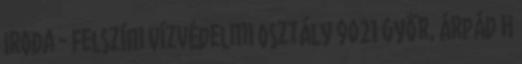
Iroda - Felszíni Vízvédelmi Osztály 9021 Győr, Árpád H